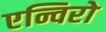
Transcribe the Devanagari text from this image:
एन्विरो